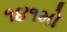
૧૪૧મો